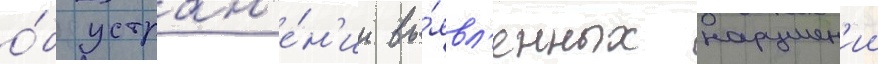
о́б устран'е́н'ии вы́явл'енных нарушен'ии